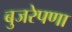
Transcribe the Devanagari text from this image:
बुजरेपणा